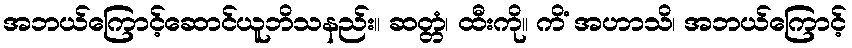
အဘယ်ကြောင့်ဆောင်ယူဘိသနည်း။ ဆတ္တံ၊ ထီးကို။ ကိံ အဟာသိ၊ အဘယ်ကြောင့်